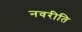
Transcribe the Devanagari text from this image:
नवरीति